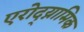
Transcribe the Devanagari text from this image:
एरोद्य्नामिक